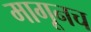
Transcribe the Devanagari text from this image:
मागूनच